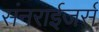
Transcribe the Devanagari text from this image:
संनराईजर्स